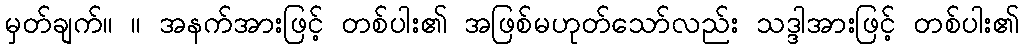
မှတ်ချက်။ ။ အနက်အားဖြင့် တစ်ပါး၏ အဖြစ်မဟုတ်သော်လည်း သဒ္ဒါအားဖြင့် တစ်ပါး၏